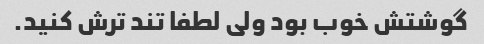
گوشتش خوب بود ولی لطفا تند ترش کنید.